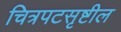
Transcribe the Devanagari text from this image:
चित्रपटसृष्टील